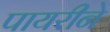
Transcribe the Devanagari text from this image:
पायरीने